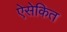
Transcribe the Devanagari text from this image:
ऐसेकित